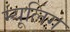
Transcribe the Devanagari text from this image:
म्यूलिंग